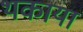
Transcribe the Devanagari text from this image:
थकाया